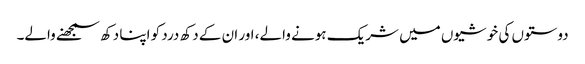
دوستوں کی خوشیوں میں شریک ہونے والے، اور ان کے دکھ درد کو اپنا دکھ سمجھنے والے۔